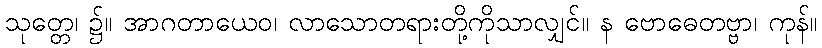
သုတ္တေ၊ ၌။ အာဂတာယေဝ၊ လာသောတရားတို့ကိုသာလျှင်။ န ဗောဓေတဗ္ဗာ၊ ကုန်။